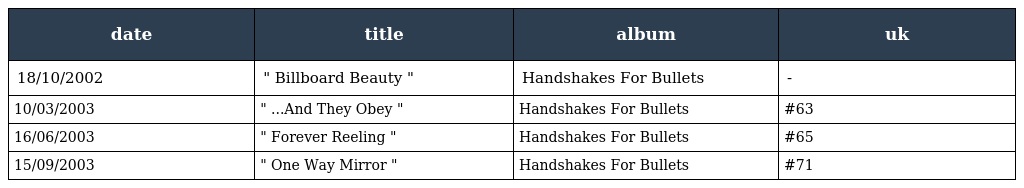
| date | title | album | uk |
 | --- | --- | --- | --- |
 | 18/10/2002 | " Billboard Beauty " | Handshakes For Bullets | - |
 | 10/03/2003 | " ...And They Obey " | Handshakes For Bullets | #63 |
 | 16/06/2003 | " Forever Reeling " | Handshakes For Bullets | #65 |
 | 15/09/2003 | " One Way Mirror " | Handshakes For Bullets | #71 |